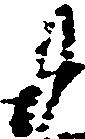
廿